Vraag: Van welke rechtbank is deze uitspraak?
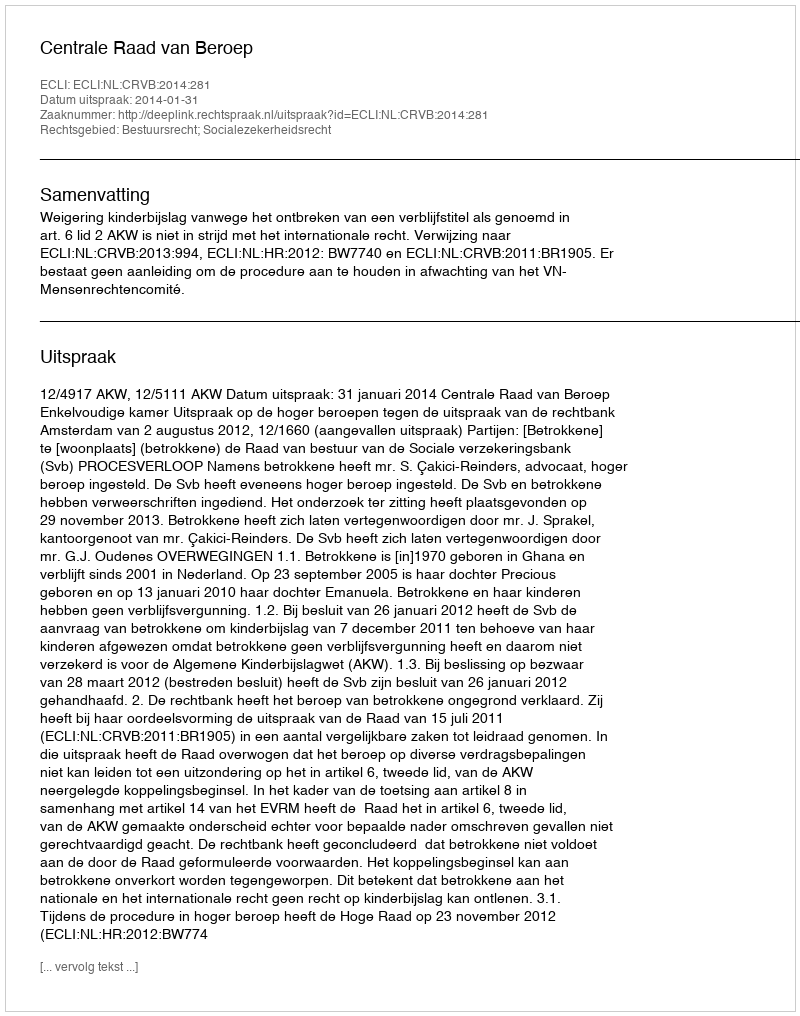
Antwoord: Centrale Raad van Beroep